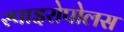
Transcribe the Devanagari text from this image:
स्पाइरोपोलस